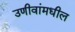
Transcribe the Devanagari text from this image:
उणीवांमधील